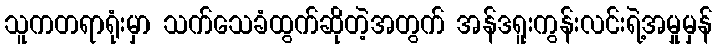
သူကတရာရုံးမှာ သက်သေခံထွက်ဆိုတဲ့အတွက် အန်ဒရူးကွန်းလင်းရဲ့အမှုမှန်